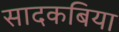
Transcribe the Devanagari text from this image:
सादकबिया